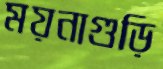
ময়নাগুড়ি